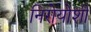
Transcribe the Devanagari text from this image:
निरोयोशी